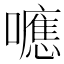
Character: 𭌃